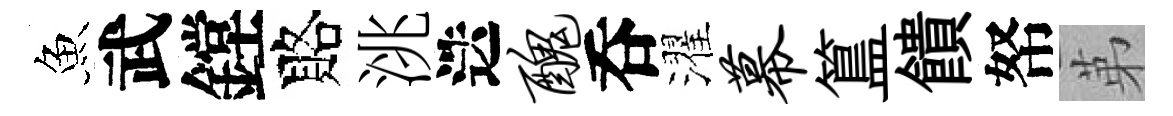
魚武鏜賂洮迭丑呑濯幕簋饋帑苐